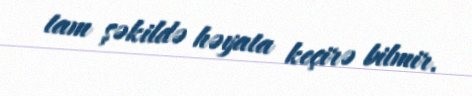
tam şəkildə həyata keçirə bilmir.